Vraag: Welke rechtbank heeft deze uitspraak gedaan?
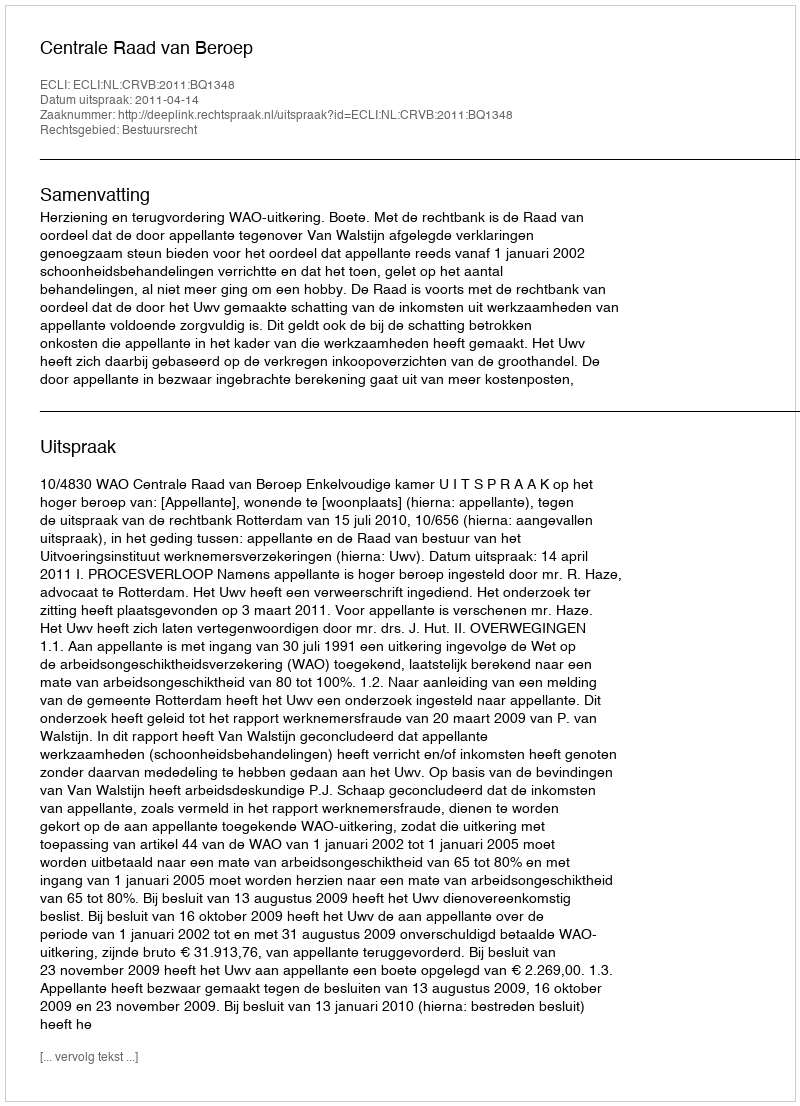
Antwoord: Centrale Raad van Beroep